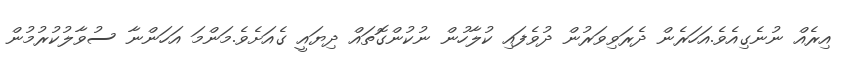
އިރެއް ނުނެގިއެވެ.އަހަރެން ދެރަވިވަރުން ދުވެފައި ކުލާހުން ނުކުންގޮތައް ދިޔައީ ގެއަށެވެ.މަންމަ އަހަންނާ ސުވާލުކުރުމުން